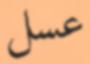
عسل